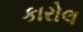
કારોલ